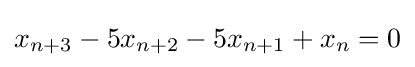
x_{n+3}-5x_{n+2}-5x_{n+1}+x_{n}=0